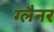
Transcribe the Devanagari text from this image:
ग्लैनर